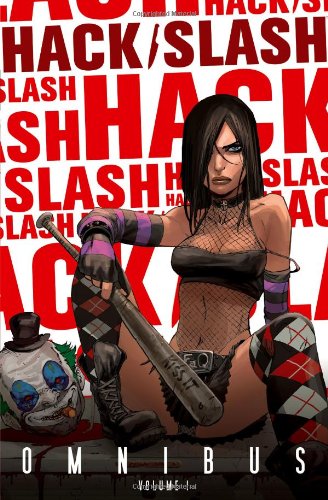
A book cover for Hack/Slash Omnibus, Vol. 1; Tim Seeley; Comics & Graphic Novels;